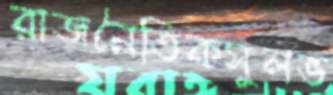
রাজনৈতিকসুলভ